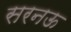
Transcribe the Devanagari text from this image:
सरनऊ